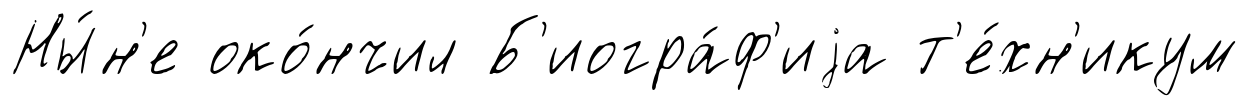
Ны́н'е око́нчил Б'иогра́ф'иjа т'е́хн'икум